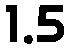
1.5